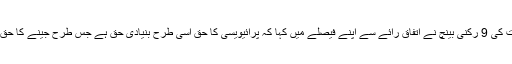
عدالت کی 9 رکنی بینچ نے اتفاق رائے سے اپنے فیصلے میں کہا کہ پرائیویسی کا حق اسی طرح بنیادی حق ہے جس طرح جینے کا حق ہے۔